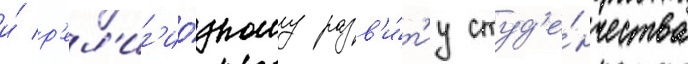
и́ р'ел'иг'ио́зному разв'и́т'иу студ'е́нчества